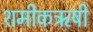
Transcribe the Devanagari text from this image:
शमीकऋषी